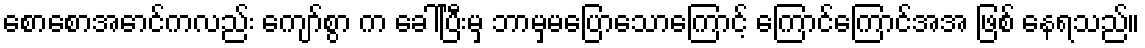
စောစောအောင်ကလည်း ကျော်စွာ က ခေါ်ပြီးမှ ဘာမှမပြောသောကြောင့် ကြောင်ကြောင်အအ ဖြစ် နေရသည်။